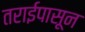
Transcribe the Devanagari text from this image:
तराईपासून